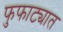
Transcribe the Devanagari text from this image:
फुफाट्यात